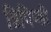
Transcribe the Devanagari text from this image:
त्रिपिण्डी